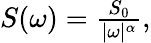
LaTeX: \begin{array}{r}{S(\omega)=\frac{S_{0}}{|\omega|^{\alpha}},}\end{array}